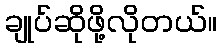
ချုပ်ဆိုဖို့လိုတယ်။